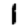
Digit: 1